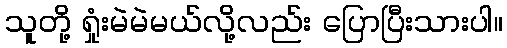
သူတို့ ရှုံးမဲမဲမယ်လို့လည်း ပြောပြီးသားပါ။